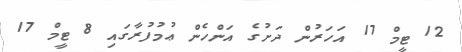
12 ޓީމް 17 އަހަރުން ދަށުގެ އަންހެން ޢުމުފުރާގައި 8 ޓީމް 17